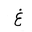
Letter: _gayn